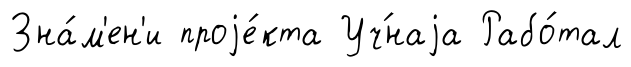
Зна́м'ен'и проjе́кта Уч́наjа Рабо́тал